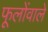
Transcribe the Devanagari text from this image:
फूलोंवाले